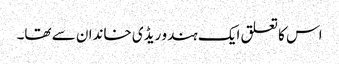
اس کا تعلق ایک ہندو ریڈی خاندان سے تھا۔